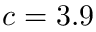
c = 3 . 9